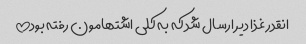
انقدر غذا دیر ارسال شد که به کلی اشتهامون رفته بود!!